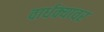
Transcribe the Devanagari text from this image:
वार्धक्यावर